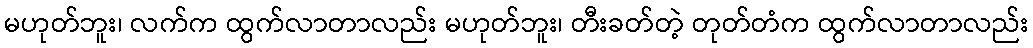
မဟုတ်ဘူး၊ လက်က ထွက်လာတာလည်း မဟုတ်ဘူး၊ တီးခတ်တဲ့ တုတ်တံက ထွက်လာတာလည်း